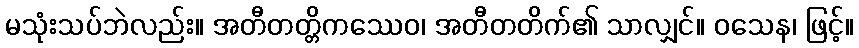
မသုံးသပ်ဘဲလည်း။ အတီတတ္တိကဿေဝ၊ အတီတတိက်၏ သာလျှင်။ ဝသေန၊ ဖြင့်။